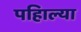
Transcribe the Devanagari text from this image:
पहिाल्या